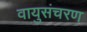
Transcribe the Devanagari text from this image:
वायुसंचरण